Note on the mental hospitals in Burma - 1925-1940
Year: 1925
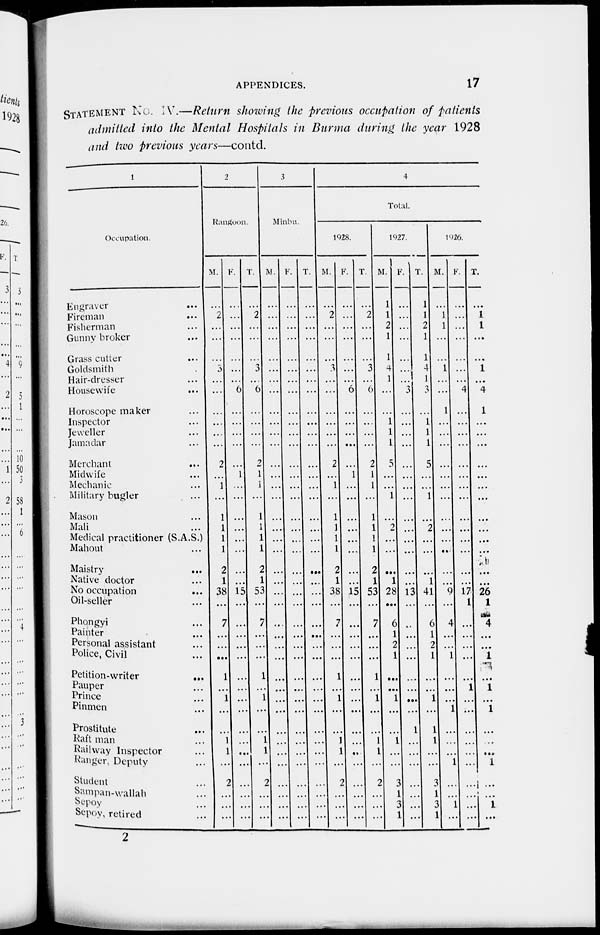
APPENDICES.
17
STATEMENT No. IV.—Return showing the previous occupation of patients
admitted into the Mental Hospitals in Burma during the year 1928
and two previous years—contd.
1
Occupation.
Engraver
...
Fireman
...
Fisherman ...
Gunny broker ...
Grass cutter ...
Goldsmith ...
Hair-dresser ...
Housewife ...
Horoscope maker ...
Inspector ...
Jeweller ...
Jamadar ...
Merchant ...
Midwife ...
Mechanic ...
Military bugler ...
Mason ...
Mali ...
Medical practitioner (S.A.S.)
Mahout ...
Maistry ...
Native doctor ...
No occupation ...
Oil-seller ...
Phongyi ...
Painter ...
Personal assistant ...
Police, Civil ...
Petition-writer
...
Pauper ...
Prince ...
Pinmen ...
Prostitute ...
Raft man ...
Railway Inspector ...
Ranger, Deputy ...
Student ...
Sampan-wallah ...
Sepoy ...
Sepoy, retired ...
2
Rangoon.
M.
...
2
...
...
...
3
...
...
...
...
...
...
2
...
1
...
1
1
1
1
2
1
38
...
7
...
...
...
1
...
1
...
...
1
1
...
2
...
...
...
F.
...
...
...
...
...
...
...
6
...
...
...
...
...
1
...
...
...
...
...
...
...
...
15
...
...
...
...
...
...
...
...
...
...
...
...
...
...
...
...
...
T.
...
2
...
...
...
3
...
6
...
...
...
...
2
1
1
...
1
1
1
1
2
1
53
...
7
...
...
...
1
...
1
...
...
1
1
...
2
...
...
...
3
Minbu.
M.
...
...
...
...
...
...
...
...
...
...
...
...
...
...
...
...
...
...
...
...
...
...
...
...
...
...
...
...
...
...
...
...
...
...
...
...
...
...
...
...
F.
...
...
...
...
...
...
...
...
...
...
...
...
...
...
...
...
...
...
...
...
...
...
...
...
...
...
...
...
...
...
...
...
...
...
...
...
...
...
...
...
T.
...
...
...
...
...
...
...
...
...
...
...
...
...
...
...
...
...
...
...
...
...
...
...
...
...
...
...
...
...
...
...
...
...
..
...
...
...
...
...
...
4
Total.
1928.
M.
...
2
...
...
...
3
...
...
...
...
...
...
2
...
1
...
1
1
1
1
2
1
38
...
7
...
...
...
1
...
1
...
...
1
1
...
2
...
...
...
F.
...
...
...
...
...
...
...
6
...
...
...
...
...
1
...
...
...
...
...
...
...
...
15
...
...
...
...
...
...
...
...
...
...
...
...
...
...
...
...
...
T
...
2
...
...
...
3
...
6
...
...
...
...
2
1
1
...
1
1
1
1
2
1
53
...
7
...
...
...
1
...
1
...
...
1
1
...
2
...
...
...
1927.
M
1
1
2
1
1
4.
1
...
...
1
1
1
5
...
...
1
...
2
...
...
...
1
28
...
6
1
2
1
...
...
1
...
...
1
...
...
3
1
3
1
F.
...
...
...
...
...
...
...
3
...
...
...
...
...
...
...
...
...
...
...
...
...
...
13
...
...
...
...
...
...
...
...
...
1
...
...
...
...
...
...
...
T.
1
1
2
1
1
4
1
3
...
1
1
1
5
...
...
1
...
2
...
...
...
1
41
...
6
1
2
1
...
...
1
...
1
1
...
...
3
1
3
1
1926.
M.
...
1
1
...
...
1
...
...
1
...
...
...
...
...
...
...
...
...
...
...
...
...
9
...
4
...
...
1
...
...
...
1
...
...
...
1
...
...
1
...
F.
...
...
...
...
...
...
...
4
...
...
...
...
...
...
...
...
...
...
...
...
...
...
17
1
...
...
...
...
...
1
...
...
...
...
...
...
...
...
...
...
T.
...
1
1
...
...
1
...
4
1
...
...
...
...
...
...
...
...
...
...
...
...
...
26
1
4
...
...
1
...
1
...
1
...
...
...
1
...
...
1
...
2